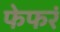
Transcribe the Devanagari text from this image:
फेफरं